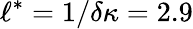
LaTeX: \ell^{*}=1/\delta\kappa=2.9